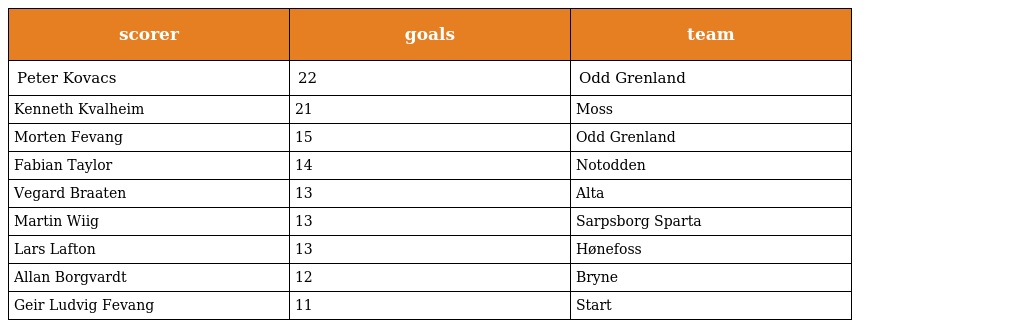
| scorer | goals | team |
 | --- | --- | --- |
 | Peter Kovacs | 22 | Odd Grenland |
 | Kenneth Kvalheim | 21 | Moss |
 | Morten Fevang | 15 | Odd Grenland |
 | Fabian Taylor | 14 | Notodden |
 | Vegard Braaten | 13 | Alta |
 | Martin Wiig | 13 | Sarpsborg Sparta |
 | Lars Lafton | 13 | Hønefoss |
 | Allan Borgvardt | 12 | Bryne |
 | Geir Ludvig Fevang | 11 | Start |